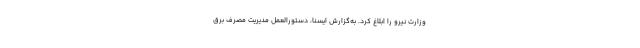
وزارت نیرو را ابلاغ کرد. به‌گزارش ایسنا، دستورالعمل مدیریت مصرف برق